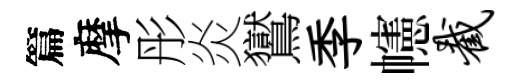
篇摩彤炎鸑季幰截